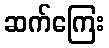
ဆက်ကြေး